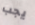
يجب